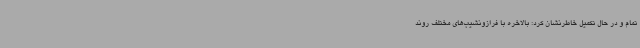
تمام و در حال تکمیل خاطرنشان کرد: بالاخره با فرازونشیب‌های مختلف روند